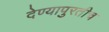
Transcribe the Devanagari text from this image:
देण्यापुरतीच